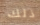
ذلك